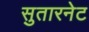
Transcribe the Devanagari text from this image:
सुतारनेट